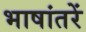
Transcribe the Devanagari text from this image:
भाषांतरें